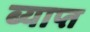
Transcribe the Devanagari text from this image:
ब्याप्त